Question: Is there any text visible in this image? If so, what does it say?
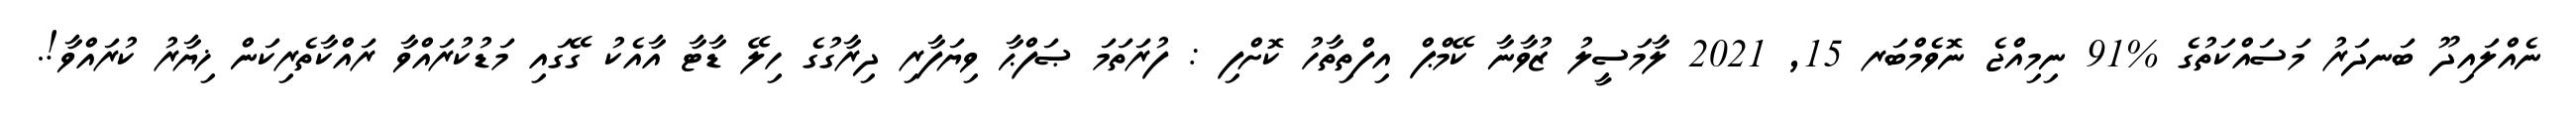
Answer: ނެއްލައިދޫ ބަނދަރު މަސައްކަތުގެ %91 ނިމިއްޖެ ނޮވެމްބަރ 15, 2021 ލާމަސީލު ޒުވާނާ ކޭމްޕް އިފްތިތާހު ކޮށްފި : ފުރަތަމަ ޞަފްޙާ ވިޔަފާރި ދިރާގުގެ ހިލޭ ޑާޓާ އާއެކު ގޭގައި މަޑުކުރައްވާ ރައްކާތެރިކަން ޚިޔާރު ކުރައްވާ!.